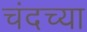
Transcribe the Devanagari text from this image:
चंदच्या